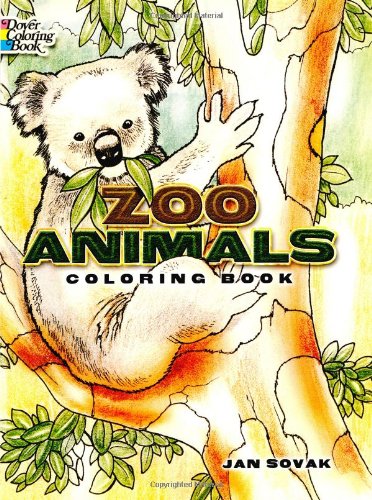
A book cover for Zoo Animals Coloring Book; Jan Sovak; Children's Books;